Report of the veterinary officer investigating camel disease
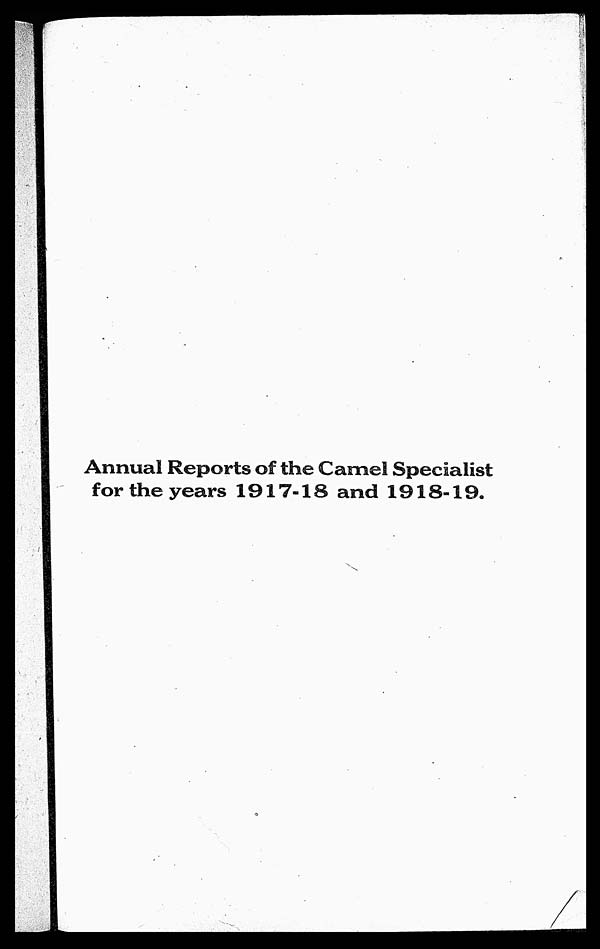
Annual Reports of the Camel Specialist
for the years 1917-18 and 1918-19.